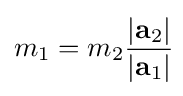
m_{1}=m_{2}{\frac {|\mathbf {a} _{2}|}{|\mathbf {a} _{1}|}}\!